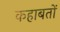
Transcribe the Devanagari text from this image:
कहाबतों